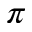
\pi